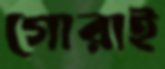
গোরাই